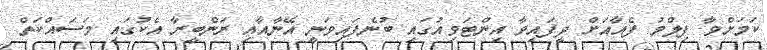
ކަމަށްވާ ފިލްމު ފެއާއަށް ދީފައިވާ އިންޓަވިއުގައި ބުނެފައިވަނީ އޭނާއާއި ރަންބީރާ އެކުގައި މަސައްކަތް